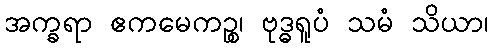
အက္ခရာ ဧကမေကဉ္စ၊ ဗုဒ္ဓရူပံ သမံ သိယာ၊